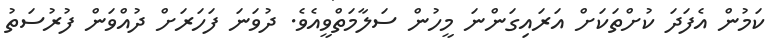
ކަމުން އެފަދަ ކުށްތަކަށް އަރައިގަންނަ މީހުން ސަލާމަތްވީއެވެ. ދުވަނަ ފަހަރަށް ދުއްވަން ފުރުސަތު